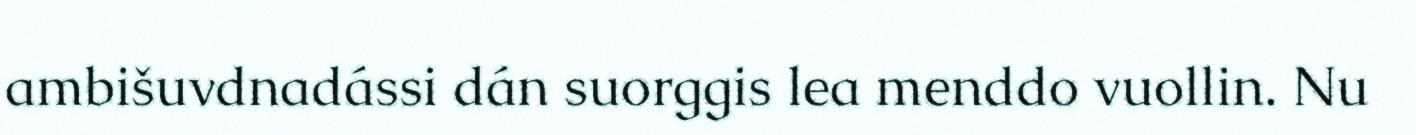
ambišuvdnadássi dán suorggis lea menddo vuollin. Nu